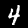
Label: 4